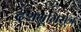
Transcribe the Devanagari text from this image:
दशभूमिसूत्र